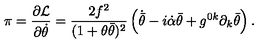
\pi = \frac { \partial { \cal L } } { \partial \dot { \theta } } = \frac { 2 f ^ { 2 } } { ( 1 + \theta \bar { \theta } ) ^ { 2 } } \left( \dot { \bar { \theta } } - i \dot { \alpha } \bar { \theta } + g ^ { 0 k } \partial _ { k } \bar { \theta } \right) .